Indian Medical Review
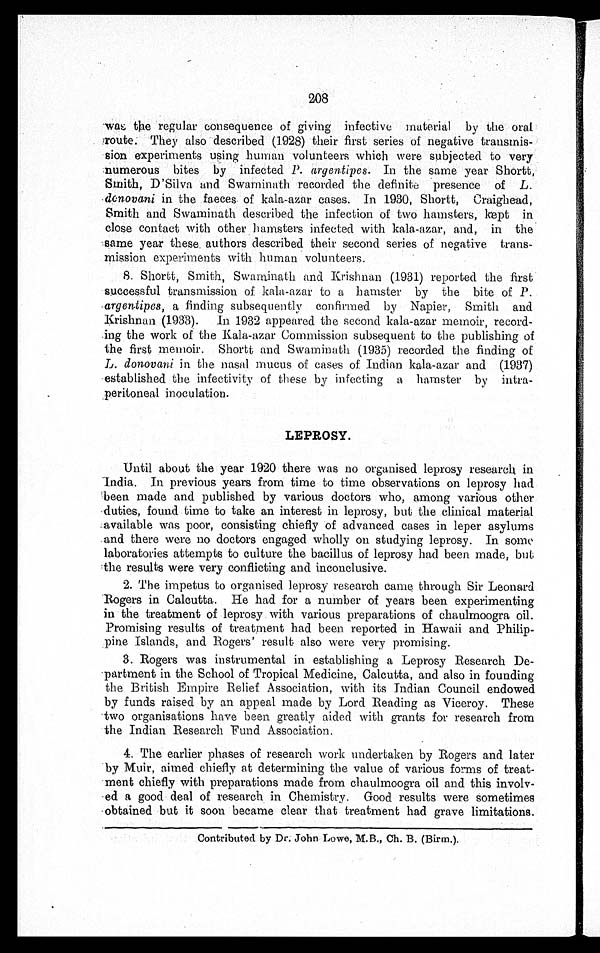
208
was the regular consequence of giving infective material by the oral
route They also described (1928) their first series of negative
t r a n s m i s - s i o n e x p e r i m e n t s u s i n g h u m a n v o l u n t e e r s w h i c h w e r e s u b j e c t e d t o v e r y
numerous bites by infected P. argentipes. In the same year Shortt,
Smith, D'Silva and Swaminath recorded the definite presence of L .
denovani in the faeces of kola-azar cases. In 1930, Shortt, Craighead,
Smith and Swaminath described the infection of two hamsters, kept in
close contact with other hamsters infected with kala-azar, and, in the
Same year these, authors described their second series of negative trans
-mission experiments with human volunteers.
8. Shortt, Smith, Swaminath and Krishnan (1931) reported the first
successful transmission of kala-azar to a hamster by the bite of P.
argentipes, a finding subsequently confirmed by Napier, Smith and
Krishnan (1933). In 1932 appeared the second kala-azar memoir, record
-ing the work of the Kala-azar Commission subsequent to the publishing of
the first memoir. Shortt and Swaminath (1935) recorded the finding of
L. donovani in the nasal mucus of cases of Indian kala-azar and (1937)
established the infectivity of these by infecting a hamster by
intra-peritoneal inoculation.
LEPROSY.
Until about the year 1920 there was no organised leprosy research in
India. In previous years from time to time observations on leprosy had
been made and published by various doctors who, among various other
duties, found time to take an interest in leprosy, but the clinical material
:available was poor, consisting chiefly of advanced cases in leper asylums
'and there were no doctors engaged wholly on studying leprosy. In some
laboratories attempts to culture the bacillus of leprosy had been made, but
ithe results were very conflicting and inconclusive.
2. The impetus to organised leprosy research came through Sir Leonard
Rogers in Calcutta. He had for a number of years been experimenting
in the treatment of leprosy with various preparations of chaulmoogra oil.
Promising results of treatment had been reported in Hawaii and Philip
-pine Islands, and Rogers' result also were very promising.
3. Rogers was instrumental in establishing a Leprosy Research
De-'partment in the School of Tropical Medicine, Calcutta, and also in founding
the British Empire Relief Association, with its Indian Council endowed
by funds raised by an appeal made by Lord Reading as Viceroy. These
two organisations have been greatly aided with grants for research from
the Indian Research Fund Association.
4. The earlier phases of research work undertaken by Rogers and later
by Muir, aimed chiefly at determining the value of various forms of treat
-ment chiefly with preparations made from chaulmoogra oil and this involv
-ed goods deal of research in Chemistry. Good results were sometimes
obtained but it soon became clear that treatment had grave limitations.
Contributed by Dr. John Lowe, M.B., Ch. B. (Birm.).